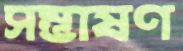
সম্ভাষণ